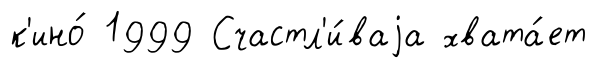
к'ино́ 1999 Счастл'и́ваjа хвата́ет